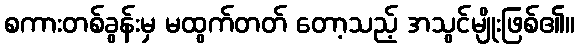
စကားတစ်ခွန်းမှ မထွက်တတ် တော့သည့် အသွင်မျိုးဖြစ်၏။